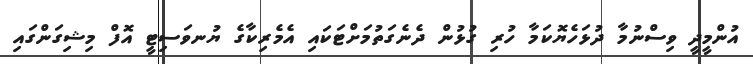
އުންމީދީ ވިސްނުމާ ދުޅަހެޔޮކަމާ ހުރި ގުޅުން ދެނެގަތުމަށްޓަކައި އެމެރިކާގެ ޔުނވަސިޓީ އޮފް މިޝިގަންގައި